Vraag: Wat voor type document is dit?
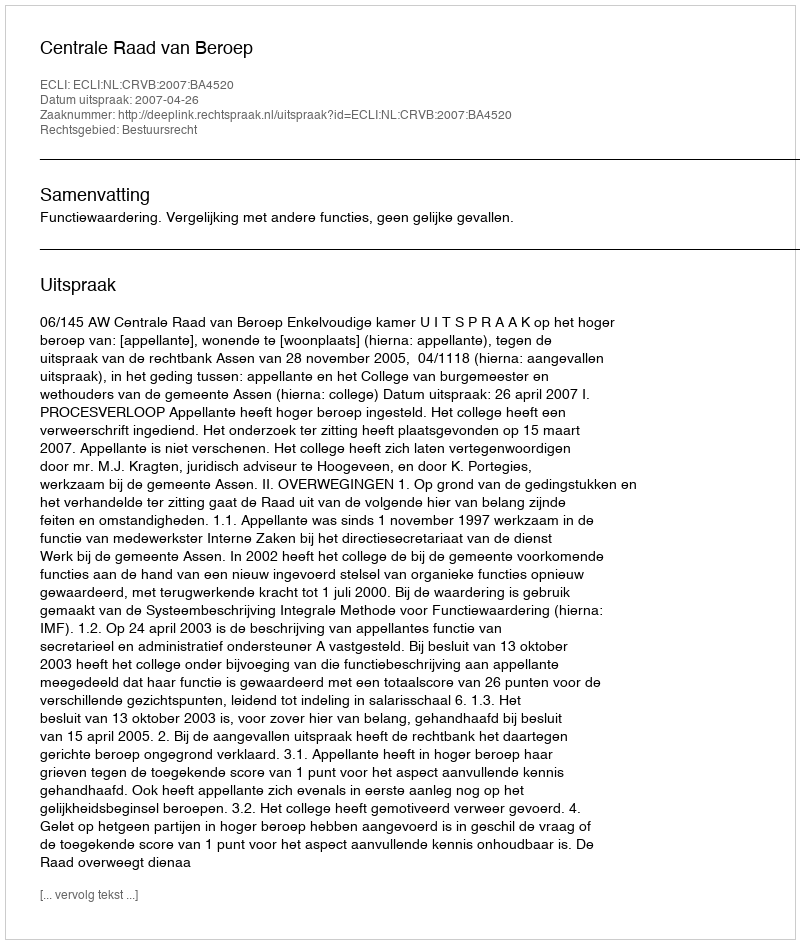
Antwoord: Uitspraak